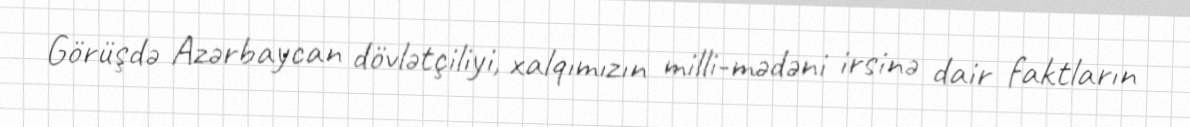
Görüşdə Azərbaycan dövlətçiliyi, xalqımızın milli-mədəni irsinə dair faktların